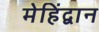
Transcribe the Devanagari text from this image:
मेहिंद्वान